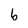
Character: b